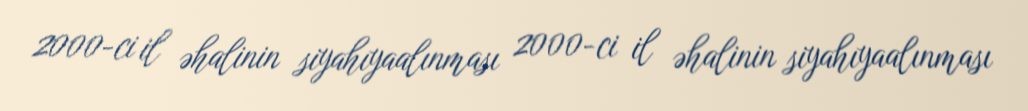
2000-ci il əhalinin siyahıyaalınması 2000-ci il əhalinin siyahıyaalınması